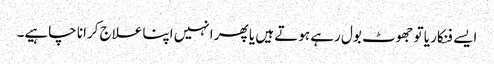
ایسے فنکار یا تو جھوٹ بول رہے ہوتے ہیں یا پھر انہیں اپنا علاج کرانا چاہیے۔